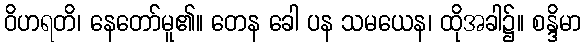
ဝိဟရတိ၊ နေတော်မူ၏။ တေန ခေါ ပန သမယေန၊ ထိုအခါ၌။ စန္ဒိမာ